Annual report of the Bengal Veterinary College and of the Civil Veterinary Department, Bengal, for the year 1899-1900 - 1899-1900
Year: 1899
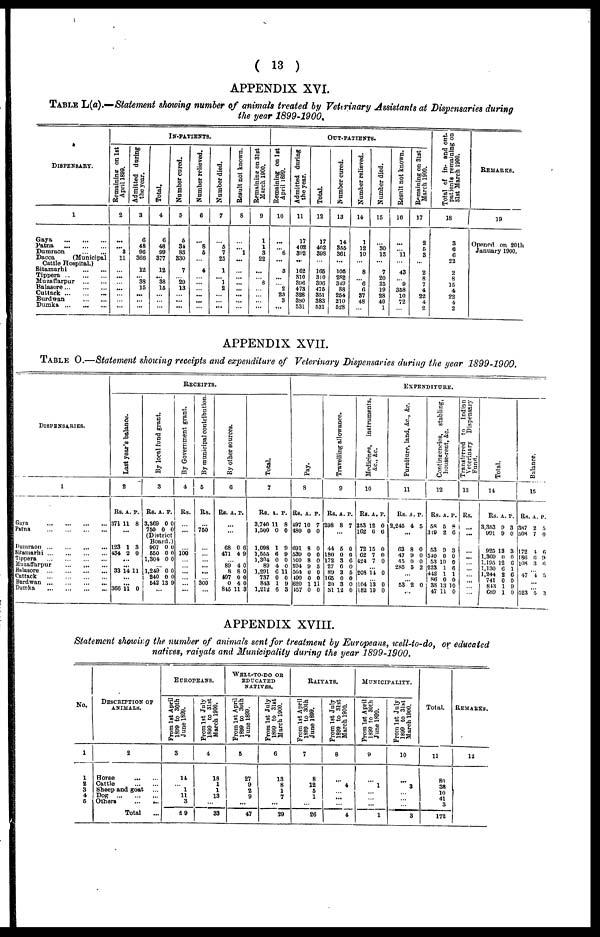
( 13 )
APPENDIX XVI.
Table L(a).—Statement showing number of animals treated by Veterinary Assistants at Dispensaries during
the year 1899-1900,
DlSPENSAPY.
1
Gaya ... ... ...
Patna ... ... ...
Dumraon ... ...
Dacca
(Municipal
Cattle Hospital.)
Sitamarhi ... ...
Tippera ... ... ...
Muzaffarpur ... ...
Balasore ... ... ...
Cuttack ... ... ...
Burdwan ... ... ...
Dumka ... ... ...
I
n-pat
ients
Re ma i
ni ng on 1st
Apr i l 1899.
2
...
... 3
11
...
...
...
...
...
...
...
...
Admi t
t
e d dur i ng
the year .
3
6
48
96
366
...
12
... 88
15
...
...
...
Total.
4
6
48
99
377
...
12
... 38
15
...
...
...
Number cured.
5
5
34
83
330
...
7
...
29
13
...
...
...
Number relieved.
6
...
8
5
...
...
4
...
...
...
...
...
...
Nu mb e r di ed.
7
...
5
7
25
...
1
... 1
2
...
...
...
Res ul t not known.
8
...
... 1
...
...
...
...
...
...
...
...
...
Remaining on 31st
Ma r
c h 1900.
9
1
1
3
22
...
...
...
8
...
...
...
...
Re ma ining on 1st
Apr i l 1899.
10
...
... 6
...
...
3
...
...
2
23
3
...
O
ut-pa
tient
s.
Admitted dur i ng
the year .
11
17
402
392
...
...
162
310
3S)6
473
328
380
531
Total.
12
17
402
398
...
...
165
310
396
475
351
383
531
Number cured.
13
14
355
361
...
...
105
2S2
349
88
254
210
528
Number relieved.
14
1
12
10
...
...
8
...
6
6
37
48
...
Number died.
15
...
30
13
...
...
7
20
25
19
28
49
1
Res ul t not known.
16
...
... 11
...
...
43
...
9
358
10
72
...
Remaining on 3l st
Ma r
c h 1900.
17
2
5
3
...
...
2
8
7
4
22
4
2
Total of in- and out-
patients remaining on
31st March 1900.
18
3
6
6
22
...
2
8
15
4
22
4
2
Remarks.
19
Opened on 20th
APPENDIX XVII.
Table O.—Statement showing receipts and expenditure of Veterinary Dispensaries during the year 1899-1900.
Dispensaries.
1
Gaya ... ... ... ...
Patna ... ... ... ...
Dumraon ... ... ... ...
Sitamarhi ... ... ... ...
Tippera ... ... ... ...
Muzaffarpur ... ... ...
Balasore ... ... ... ...
Cuttack ... ... ... ...
Burdwan ... ... ... ...
Dumka ... ... ... ...
Receipts.
Last year's balance.
2
Rs. a. p.
371 11 8
...
123 1 3
434 2 0
...
...
33 14 11
...
366 11 0
By local fund grant.
3
Rs. a. p.
3,369 0 0
750 0 0
(District
Board.)
907 0 0
550 0 0
1,304 0 0
1,249 0 0
240 0 0
542 13 9
...
By Government grant.
4
Rs.
...
...
...
100
...
...
...
...
...
...
By municipal contribution.
5
Rs.
...
750
...
...
...
...
...
... 300
...
By other sources.
6
Rs. a. p.
...
...
68 0 6
471 4 9
89 4 0
8 8 0
497 0 0
0 4 0
845 11 3
Total.
7
Rs, a. p.
3,740 11 8
1,500 0 0
1,098 1 9
1,555 6 9
1,304 0 0
89 4 0
1,291 C 11
737 0 0
843 1 9
1,212 6 3
Expenditure.
Pay.
8
Rs. a. P.
497 10 7
480 0 0
691 8 0
539 0 0
500 8 0
594 9 5
504 0 0
490 0 0
|620 1 11
457 0 0
Travelling allowance.
9
Rs. a. p.
298 8 7
...
44 5 0
180 0 0
172 3 6
27 6 0
89 3 5
165 0 0
20 3 0
81 12 0
Medicines, instruments,
&c, &c.
10
Rs. a. p.
253 12 0
162 6 6
72 15 0
62 7 0
424 7 0
... 208 14 0
... 104 13 0
152 10 0
Furniture, land, &c, &c.
11
Rs. a. p.
2,245 4 5
...
63 8 0
47 9 0
45 0 0
285 5 2
...
... 53 2 0
...
Contingencies, stabling,
house-rent, &c.
12
Rs. a. p.
58 5 8
319 2 6
53 9 3
510 0 0
53 10 0
223 1 6
442 1 1
86 0 0
38 13 10
47 11 0
Transferred to Indian
Veterinary Dispensary
Fund.
13
Rs.
...
...
...
...
...
...
...
...
...
...
Total.
14
Rs. a. p..
3,353 9 3
991 9 0
925 13 3
1,369 0 0
1,195 12 6
1,130 6 1
1,244 2 6
741 0 0
843 1 9
689 1 0
Bal ance.
15
Rs. a. p.
387 2 5
508 7 0
172 4 6
186 6 9
108 3 6
...
47 4 5
...
...
523 5 1
APPENDIX XVIII.
Statement showing the number of animals sent for treatment by Europeans, well-to-do, or educated
natives, raiyats and Municipality during the year 1899-1900.
No.
1
1
2
3
4
5
Description op
animals.
2
Horse ... ...
Cattle ... ...
Sheep and goat ...
Dog ... ... ...
Others ... ...
Total ...
Europeans.
From 1st April
1899 to 30th
June 1899.
3
14
...
1
11
3
29
From 1st July
1899 to 31st
March 1900.
4
18
1
1
13
...
33
Well-to-do or
educated
natives.
From 1st April
1899 to 30th
June 1899.
5
27
9
2
9
...
47
From 1st July
1899 to 31st
March 1900.
6
13
8
1
7
...
29
Raiyats.
From 1st April
1899 to 30th
June 1899.
7
8
12
5
1
...
26
From 1st July
1899 to 31st
March 1900.
8
...
4
...
...
...
4
Municipality.
From 1st April
1899 to 30th
June 1899.
9
...
1
...
...
...
1
From 1st July
1899 to 31st
March 1900.
10
...
3
...
...
...
3
Total.
11
80
38
10
41
3
172
Remarks.
12